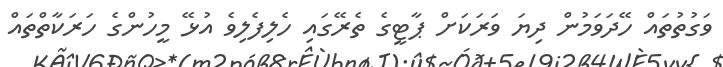
ވަގުތުތައް ހޭދަވަމުން ދިޔަ ވަރަކަށް ޕާޓީގެ ތެރޭގައި ހެލިފެލިވެ އުޅޭ މީހުންގެ ހަރަކާތްތައް